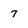
Character: 7